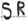
Text: SR